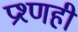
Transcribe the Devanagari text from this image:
प्रश्णही